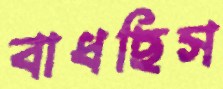
বাধছিস